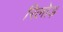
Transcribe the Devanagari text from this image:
रिलोड़